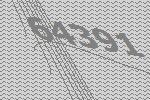
64391